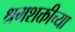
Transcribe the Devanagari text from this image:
श्रमशक्तीच्या